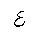
Letter: _ayn